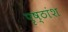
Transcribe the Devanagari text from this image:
पृष्ठांश